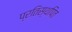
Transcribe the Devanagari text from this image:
प्रतिस्थपित